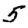
Digit: 5